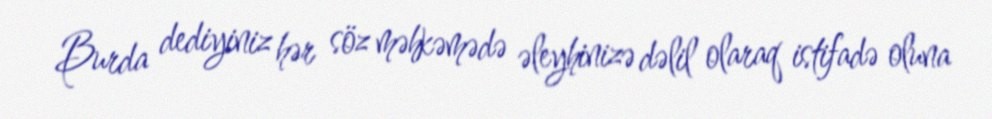
Burda dediyiniz hər söz məhkəmədə əleyhinizə dəlil olaraq istifadə oluna